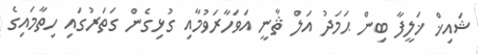
ޝައިޚް ޚަލީފާ ބިން ޙަމަދު އަލް ޘާނީ އަވަހާރަވުމާއި ގުޅިގެން ގަތަރުގައި ހިތާމައިގެ